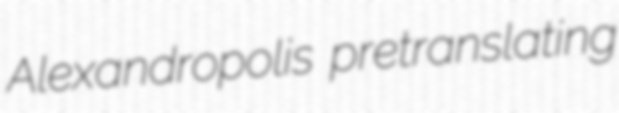
Alexandropolis pretranslating